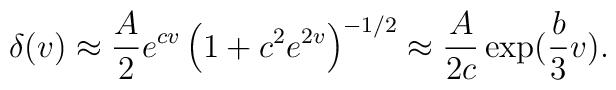
\delta(v) \approx \frac{A}{2}e^{cv} \left( 1+c^2 e^{2v} \right)^{-1/2} \approx\frac{A}{2c} \exp(\frac{b}{3} v).